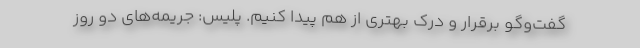
گفت‌وگو برقرار و درک بهتری از هم پیدا کنیم. پلیس: جریمه‌های دو روز